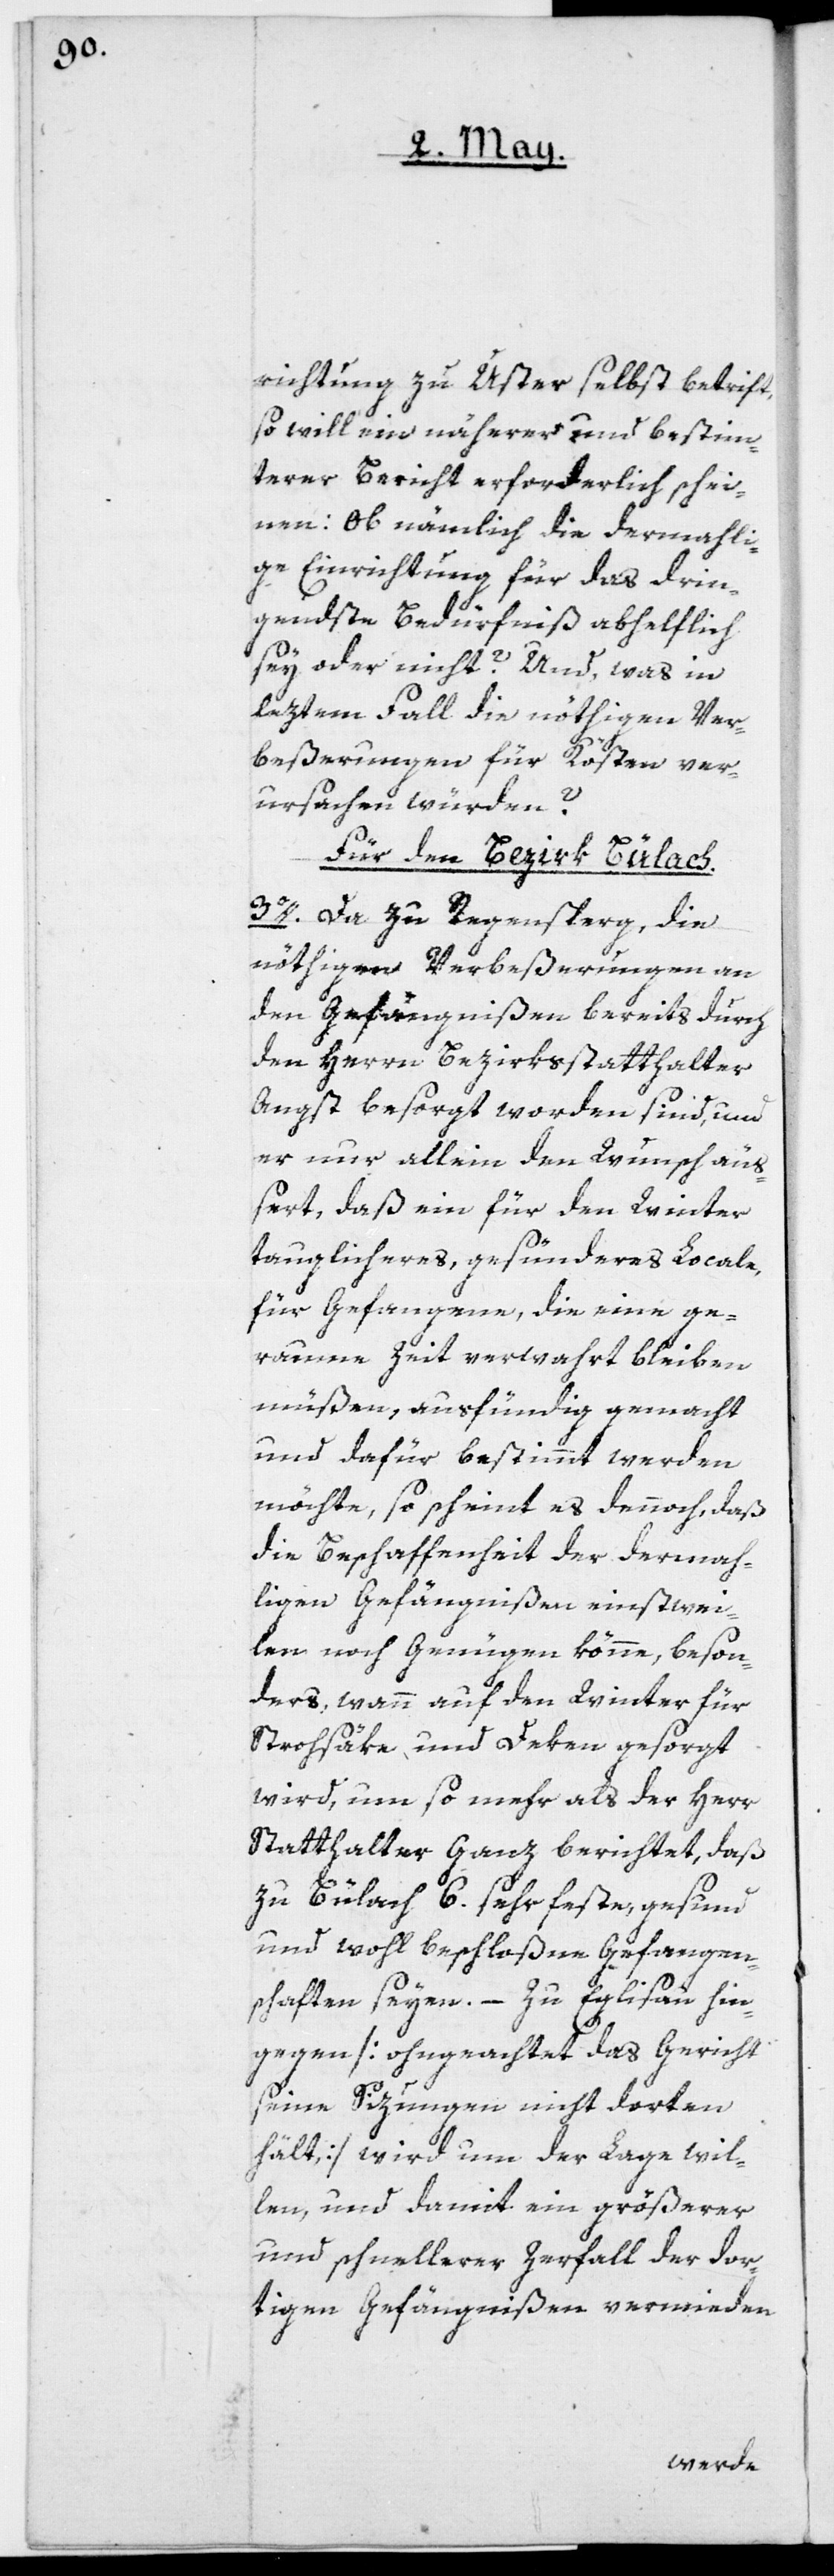
richtung zu Uster selbst betrift,
so will ein näherer und bestimm¬
terer Bericht erforderlich schei¬
nen: Ob nämlich die dermahli¬
ge Einrichtung für das drin¬
gendste Bedürfnis abhelflich
sey oder nicht? Und, was in
leztem Fall die nöthigen Ver¬
beßerungen für Kösten ver¬
ursachen würden?
Für den Bezirk Bülach:
3o. Da zu Regensperg die
nöthigen Verbeßerungen an
den Gefängnißen bereits durch
den Herrn Bezirksstatthalter
Angst besorgt worden sind, und
er nur allein den Wunsch äuß¬
ert, daß ein für den Winter
tauglicheres, gesünderes Locale
für Gefangene, die eine ge¬
raume Zeit verwahrt bleiben
müßen, ausfündig gemacht
und dafür bestimmt werden
möchte, so scheint es dennoch, daß
die Beschaffenheit der dermah¬
ligen Gefängnißen einstwei¬
len noch genügen könne, beson¬
ders, wann auf den Winter für
Strohsäke und Deken gesorgt
wird, um so mehr als der Herr
Statthalter Ganz berichtet, daß
zu Bülach 6. sehr feste, gesund
und wohl beschloßne Gefangen¬
schaften seyen. – Zu Eglisau hin¬
gegen [ohngeachtet das Gericht
seine Sizungen nicht dorten
hält] wird um der Lage wil¬
len, und damit ein größerer
und schnellerer Zerfall der dor¬
tigen Gefängnißen vermieden